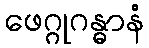
ဖေဂ္ဂုဂန္ဓာနံ